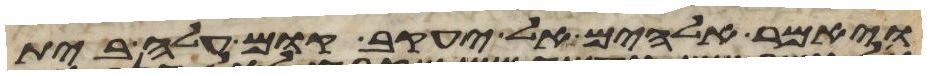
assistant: ויאמר אלהים אל יעקב קום עלה בית